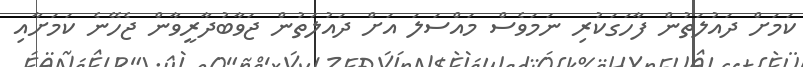
ކަމަށް ދައުލަތުން ފާހަގަކުރި ނަމަވެސް މައްސަލަ އަށް ދައުލަތުން ޖަވާބުދާރީވާން ޖެހޭނެ ކަމަށާއި